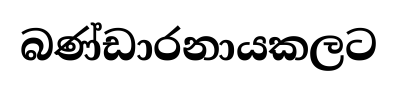
බණ්ඩාරනායකලට